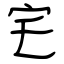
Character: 宅